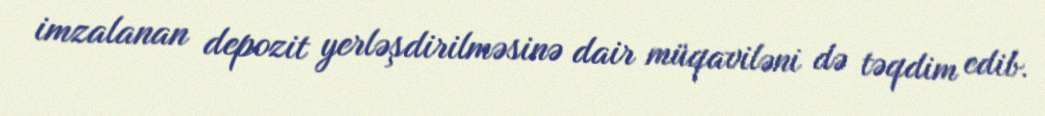
imzalanan depozit yerləşdirilməsinə dair müqaviləni də təqdim edib.